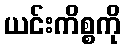
ယင်းကိစ္စကို